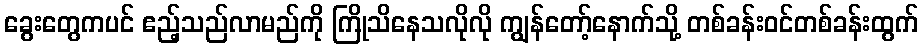
ခွေးတွေကပင် ဧည့်သည်လာမည်ကို ကြိုသိနေသလိုလို ကျွန်တော့်နောက်သို့ တစ်ခန်းဝင်တစ်ခန်းထွက်